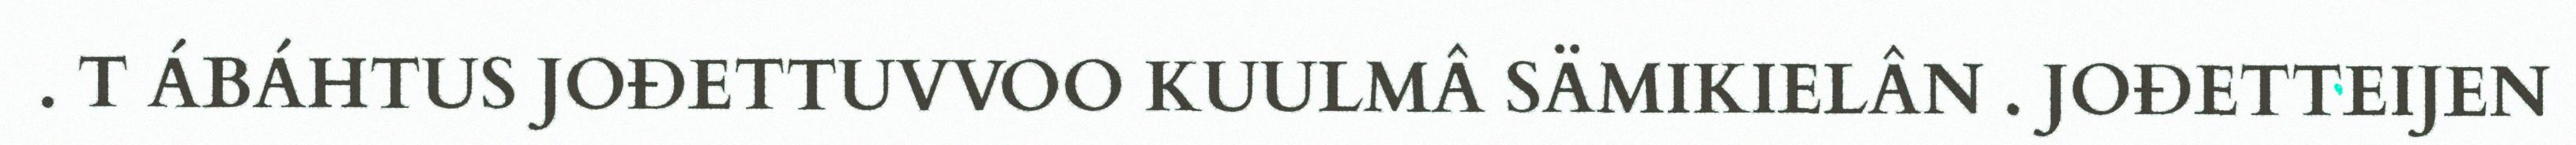
. T ÁBÁHTUS JOĐETTUVVOO KUULMÂ SÄMIKIELÂN . JOĐETTEIJEN